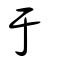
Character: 于